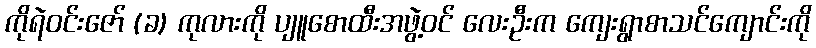
ကိုရဲဝင်းဇော် (ခ) ကုလားကို ပျူစောထီးအဖွဲ့ဝင် လေးဦးက ကျေးရွာစာသင်ကျောင်းကို